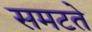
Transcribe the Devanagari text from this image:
समटते